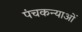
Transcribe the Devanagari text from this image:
पंचकन्याओं